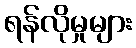
ရန်လိုမှုများ